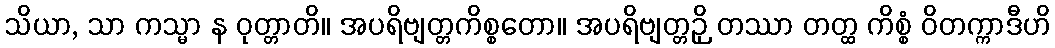
သိယာ, သာ ကသ္မာ န ဝုတ္တာတိ။ အပရိဗျတ္တကိစ္စတော။ အပရိဗျတ္တဉှိ တဿာ တတ္ထ ကိစ္စံ ဝိတက္ကာဒီဟိ